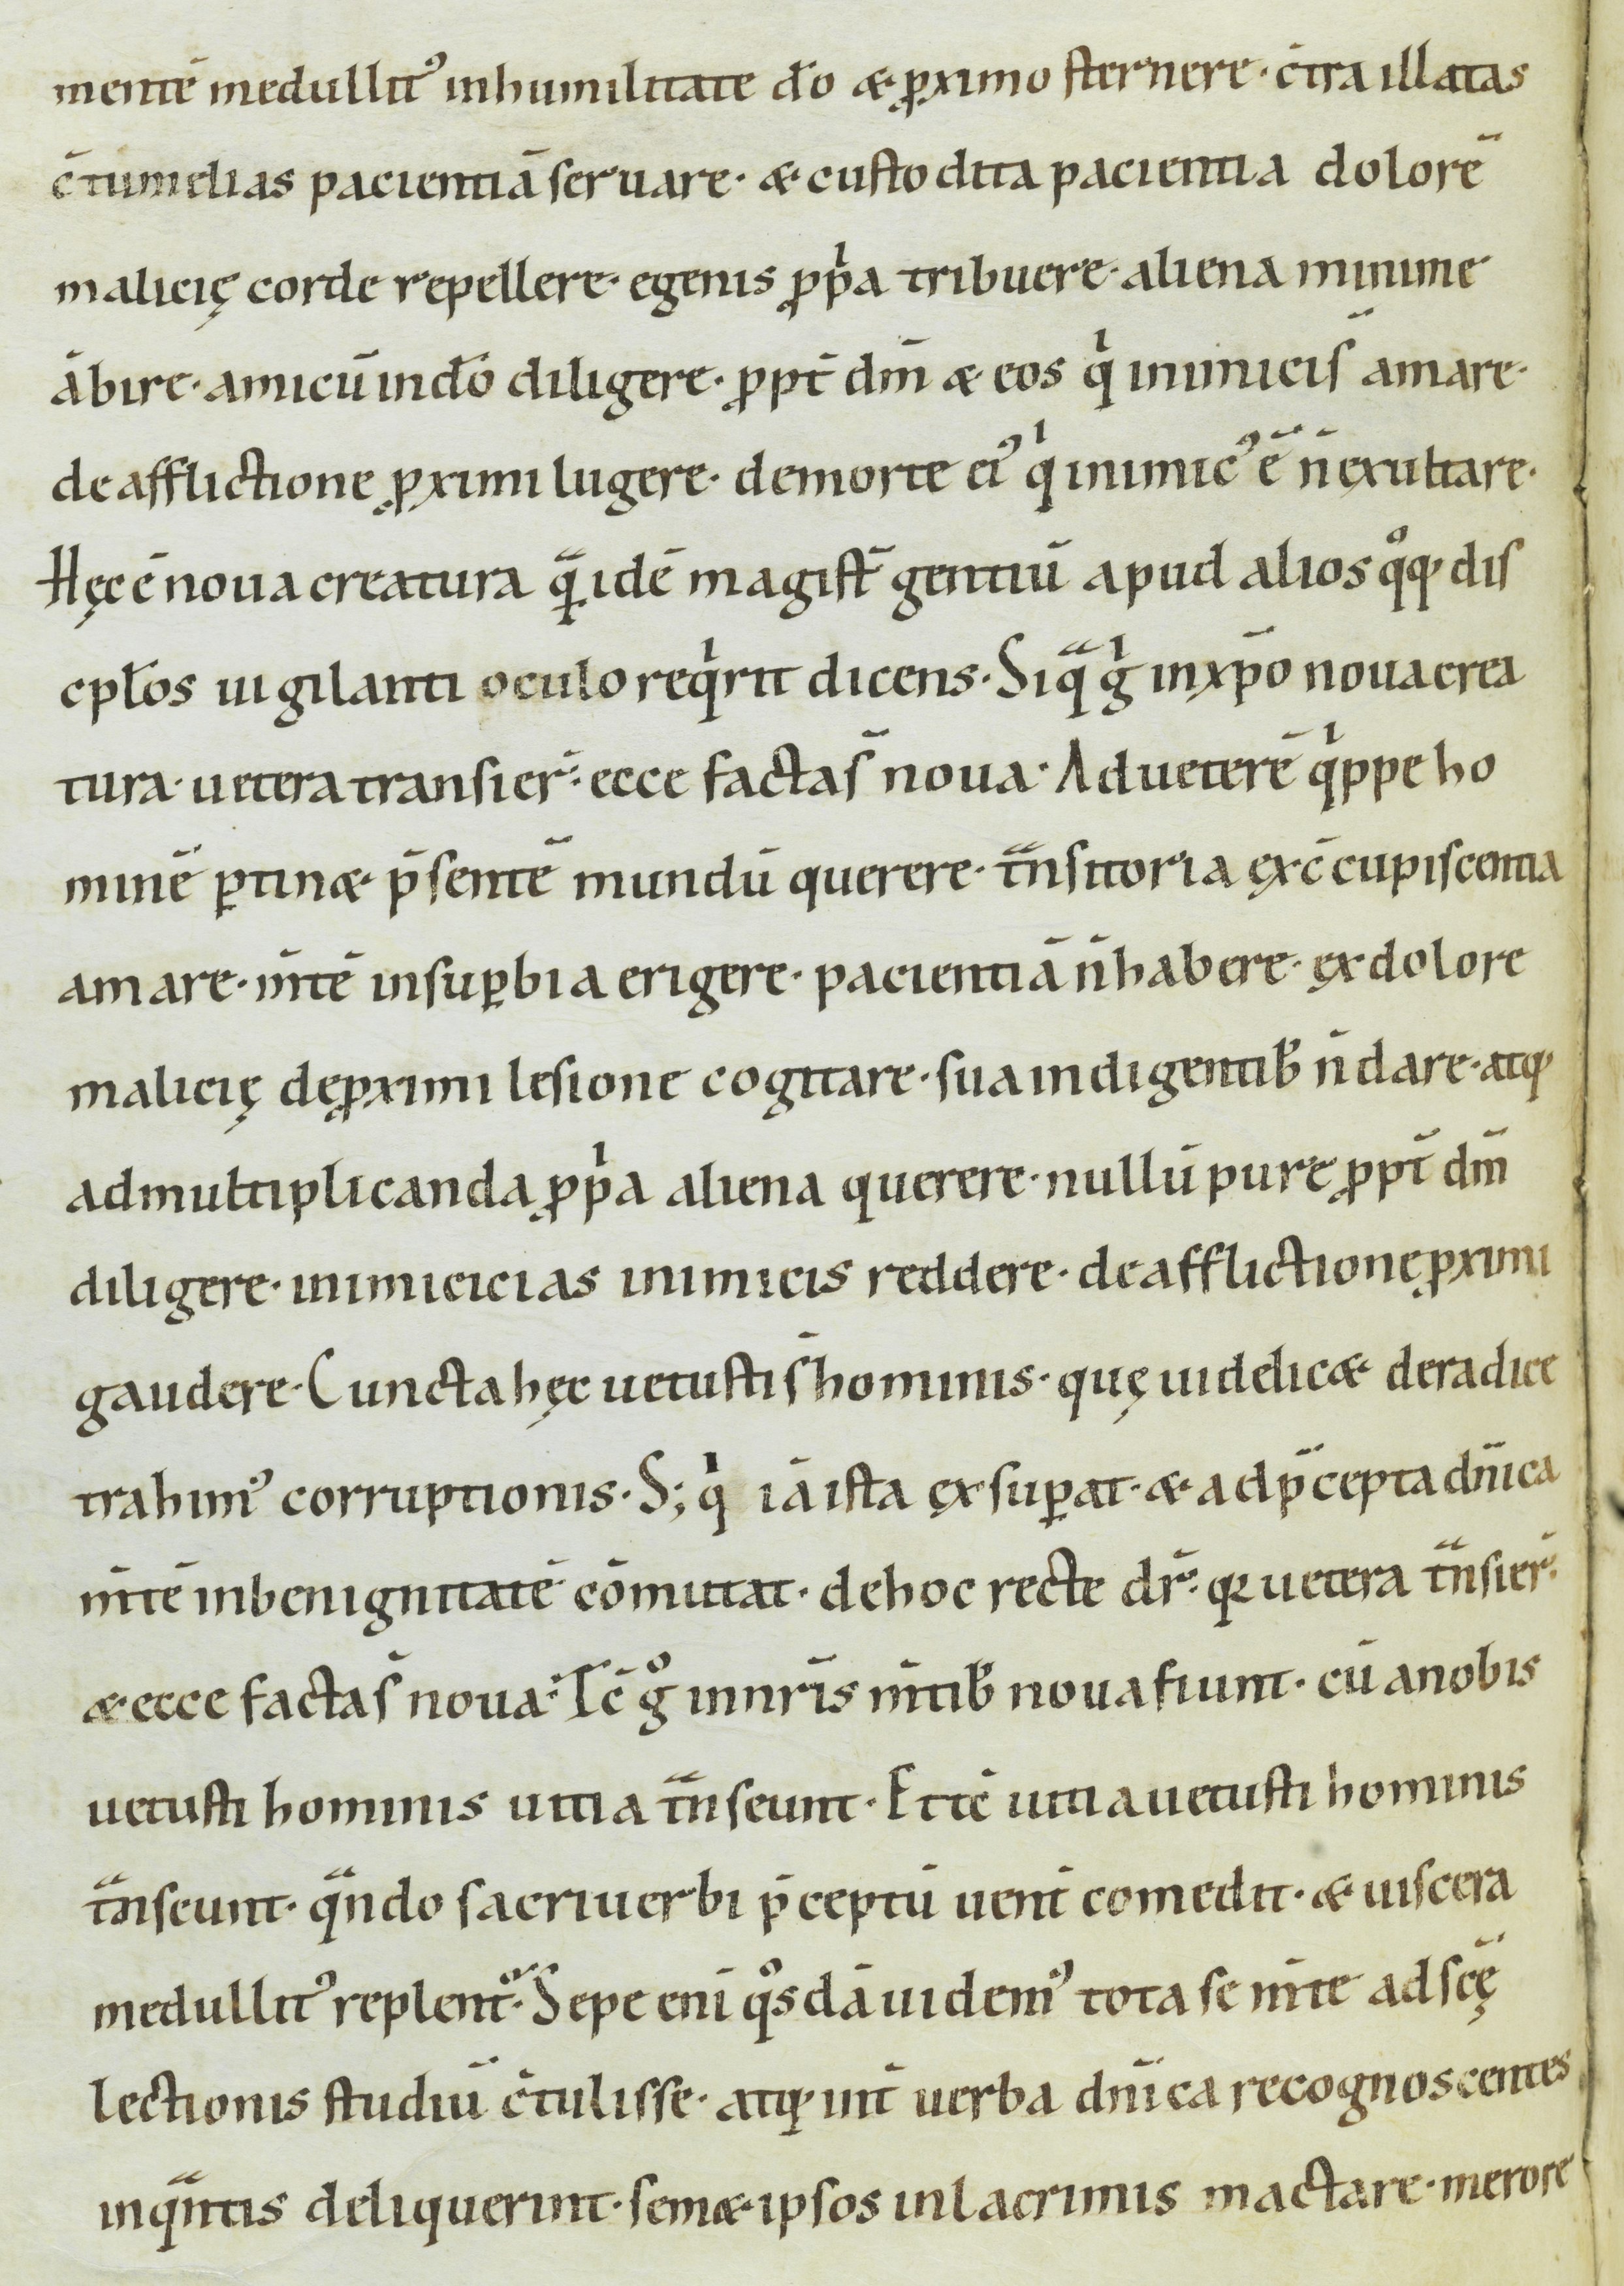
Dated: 1000–1099